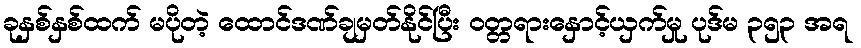
ခုနှစ်နှစ်ထက် မပိုတဲ့ ထောင်ဒဏ်ချမှတ်နိုင်ပြီး ဝတ္တရားနှောင့်ယှက်မှု ပုဒ်မ ၃၅၃ အရ